Account of plague administration in the Bombay Presidency from September 1896 till May 1897
Year: 1896
Disease focus: Plague
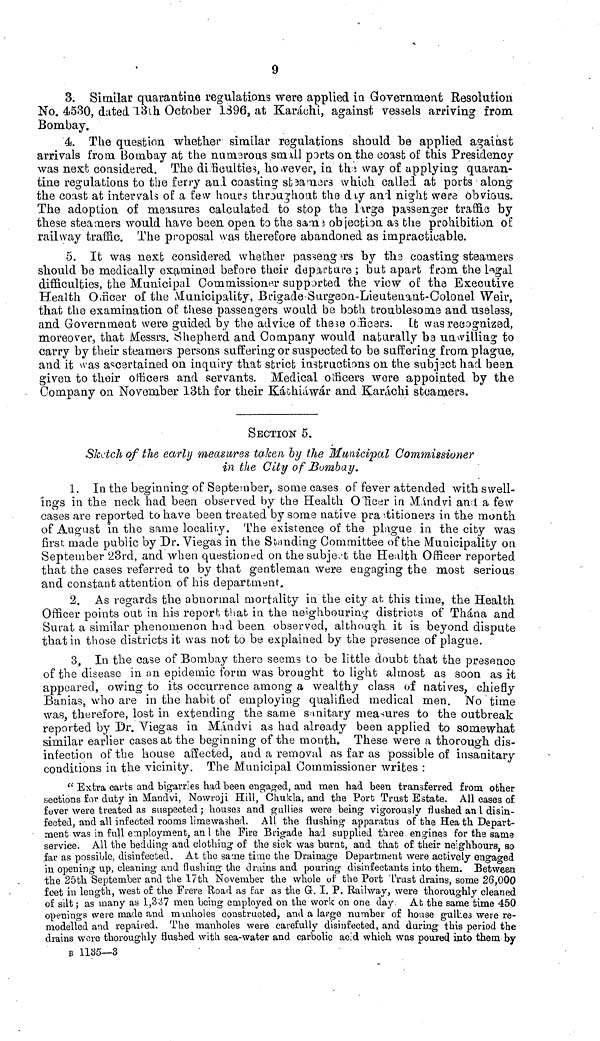
9
3. Similar quarantine regulations were applied in Government Resolution
No. 4530, dated 13th October 1896, at Karachi, against vessels arriving fron
Bombay.
4. The question whether similar regulations should be applied against
arrivals from Bombay at the nunerous small ports on the coast of this Presidency
was next considered. The difficulties, however, in the way of applying quaran
tine regulations to the ferry and coasting steamers which called at ports along
the coast at intervals of a few hours throughout the day and night were obvious
The adoption of measures calculated to stop the large passenger traffic by
these steamers would have been open to the same objection as the prohibition o
railway traffic. The proposal was therefore abandoned as impracticable.
5. It was next considered whether passengers by the coasting steamer
should be medically examined before their departure ; but apart from the legal
difficulties, the Municipal Commissioner supported the view of the Executive
Health Officer of the Municipality, Brigade-Surgeon-Lieutenant-Colonel Weir,
that the examination of these passengers would be both troublesome and useless,
and Government were guided by the advice of these officers. It was recognized,
moreover, that Messrs. Shepherd and Company would naturally be unwilling to
carry by their steamers persons suffering or suspected to be suffering from plague,
and it was ascertained on inquiry that strict instructions on the subject had been
given to their officers and servants. Medical officers were appointed by the
Company on November 13th for their Káthiáwár and Karachi steamers.
SECTION 5.
Sketch of the early measures taken by the Municipal Commissioner
in the City of Bombay.
1. In the beginning of September, some cases of fever attended with swell-
ings in the neck had been observed by the Health Officer in Mándvi aud a few
cases are reported to have been treated by some native practitioners in the month
of August in the same locality. The existence of the plague in the city was
first, made public by Dr. Viegas in the Standing Committee of the Municipality on
September 23rd, and when questioned on the subject the Health Officer reported
that the cases referred to by that gentleman were engaging the most serious
and constant attention of his department.
2. As regards the abnormal mortality in the city ah this time, the Health
Officer points out in his report that in the neighbouring districts of Thána and
Surat a similar phenomenon had been observed, although it is beyond dispute
that in those districts it was not to be explained by the presence of plague.
3. In the case of Bombay there seems to be little doubt that the presence
of the disease in an epidemic form was brought to light almost as soon as it
appeared, owing to its occurrence among a wealthy class of natives, chiefly
Banias, who are in the habit of employing qualified medical men. No time
was, therefore, lost in extending the same sanitary measures to the outbreak
reported by Dr. Viegas in Mándvi as had already been applied to somewhat
similar earlier cases at the beginning of the month. These were a thorough dis-
infection of the house affected, and a removal as far as possible of insanitary
conditions in the vicinity. The Municipal Commissioner writes :
" Extra carts and bigarries had been engaged, and men had been transferred from other
sections for duty in Mandvi, Nowroji Hill, Chukla, and the Port Trust Estate. All cases of
fever were treated as suspected; houses and gullies were being vigorously flushed anl disin-
fected, and all infected rooms limewashed. All the flushing apparatus of the Health Depart-
ment was in full employment, and the Fire Brigade had supplied three engines for the same
service. All the bedding and clothing of the sick was burnt, and that of their neighbours, so
far as possible, disinfected. At the same time the Drainage Department were actively engaged
in opening up, cleaning and flushing the drains and pouring disinfectants into them. Between
the 25th September and the 17th November the whole of the Port Trust drains, some 26,000
feet in length, west of the Frere Road as far as the G. I. P. Railway, were thoroughly cleaned
of silt; as many as 1,337 men being employed on the work on one day At the same time 450
openings were made and manholes constructed, and a large number of house gulbes were re-
modelled and repaired. The manholes were carefully disinfected, and during this period the
drains were thoroughly flushed with sea-water and carbolic acid which was poured into them by
B 1135—3